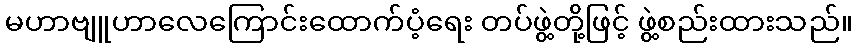
မဟာဗျူဟာလေကြောင်းထောက်ပံ့ရေး တပ်ဖွဲ့တို့ဖြင့် ဖွဲ့စည်းထားသည်။